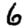
Digit: 6